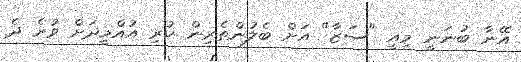
އޭނާ ބުނަނީ މިއީ "ސަޒާ" އަށް ބެލުންތެރިން ކުރި އުއްމީދަށް ވުރެ ދެ